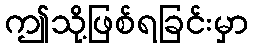
ဤသို့ဖြစ်ရခြင်းမှာ